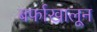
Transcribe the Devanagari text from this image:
बर्फाखालून